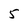
Character: 5